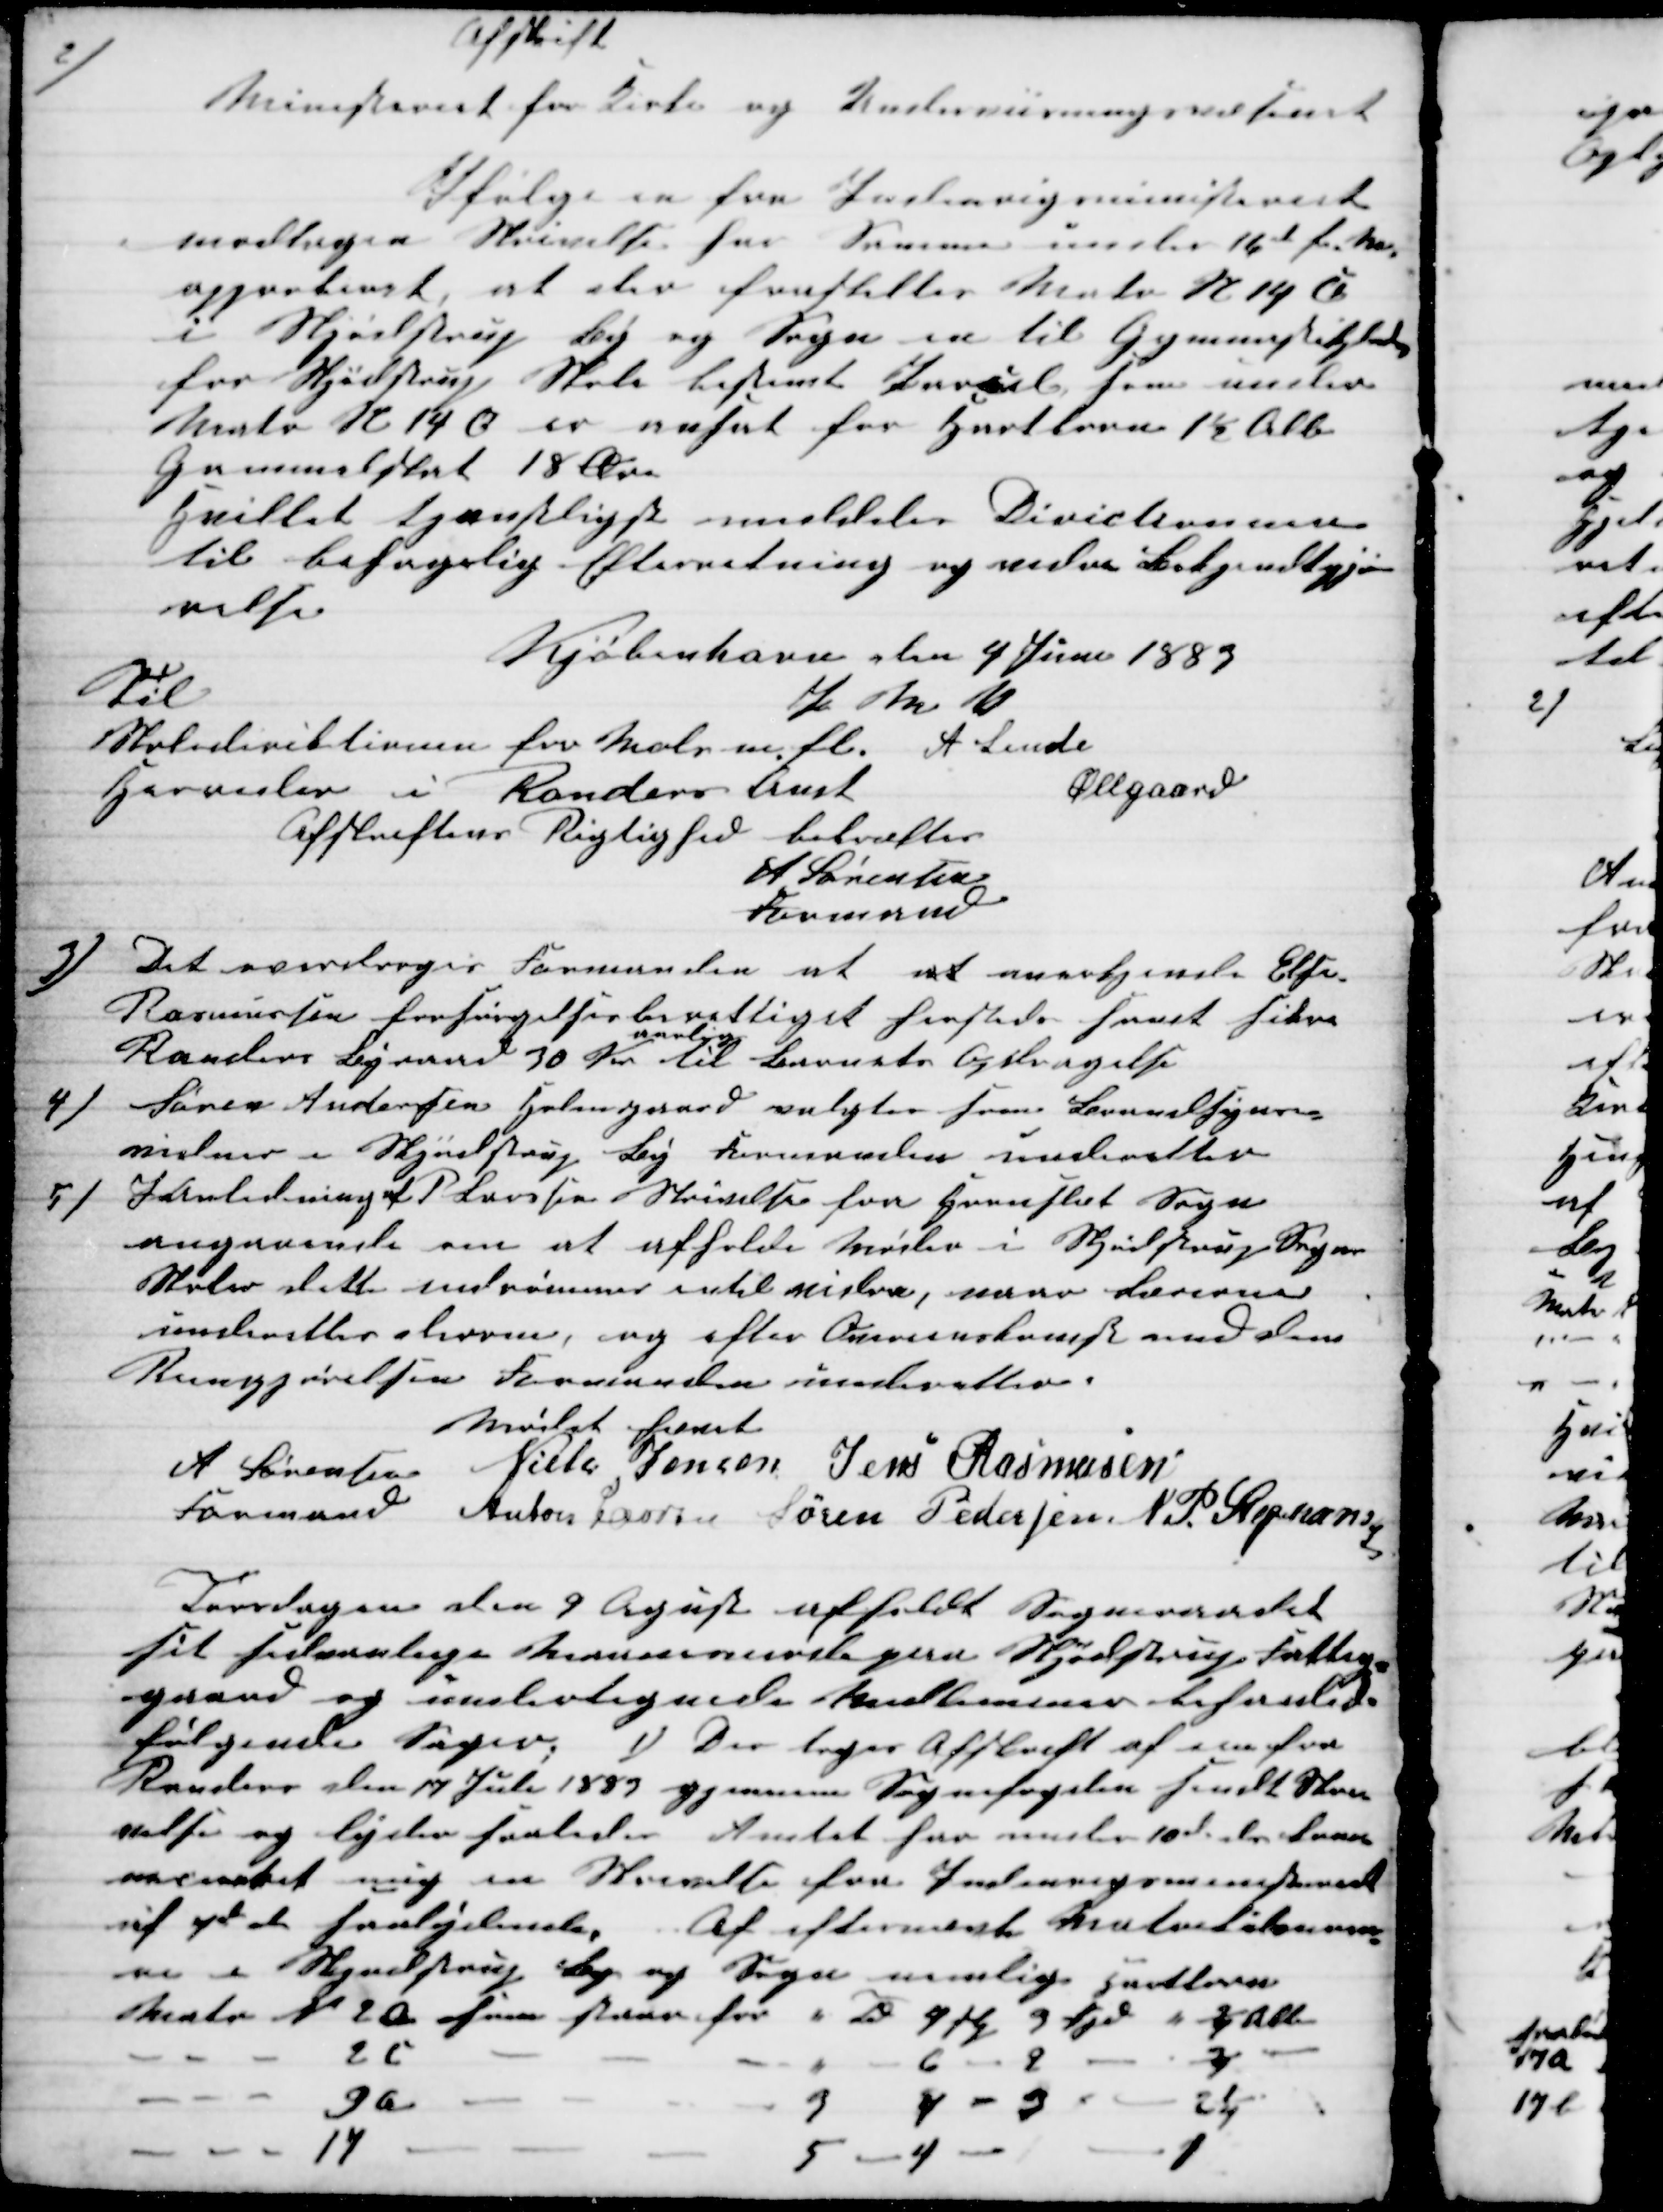
Transskription:
2)
Afskrift
Ministeriet for Kirke og Undervisningsvæsenet
Ifølge en fra Indenrigsministeriet
modtagen Skrivelse har Samme under 16de f. M.
approberet, at der fraskilles Matr. N 14 C
i Skjødstrup By og Sogn en til Gymnastikplads
for Skjødstrup Skole bestemt Parcel som under
Matr N 14 C er ansat for Hartkorn 1½ Alb
Gemmelsnit 18 Øre
hvilket tjentligt meddeles Dirictionen
til betagelig Efterretning og vidre Bekjendtgjø-
relse
Kjøbenhavn den 4 Juni 1883
P M V
A. Linde
Øllgaard
Til
Skolediriktionen for Mols m. fl. 
Haverslev i Randers Amt
Afskriftens Rigtighed bekræftes
A Sørensen
Formand
3) 
Det overdroges Formanden at at anerkjende Else-
Rasmussen forsørgelsesberettiget hersteds samt sikre
Randers Byraad 30 Kr 
aarlig
til Barnets Opdragelse
4) 
Søren Andersen Holmgaard valgtes som Brandsyns-
vidne i Skjødstrup By Formanden underetter
5)
I anledning af P. Laursens Skrivelse fra Hornslet Sogn
angaaende om at afholde Møder i Skjødstrups Sogns
Skoler dette indrømmes intil vidre, naar Lærerne
underettes derom, og efter Overenskomst med dem
Rengjørelsen Formanden underetter.
Mødet hævet
A Sørensen 
Formand 
Niels Jensen Jens Rasmusen
Anton Laursen Søren Pedersen, N. P. Stephansen
Torsdagen den 9 August afholdt Sogneraadet
sit sedvanlige Maanedsmøde paa Skjødstrup Fattig-
gaard og undertegnede Medlemmer behanlede
følgende Sager. 1) Der tages Afskrift af en fra
Randers den 17 Juli 1883 gjennem Sognefogden sendt Skri-
velse og lyder saaledes Amtet har under 10de ds 
overrakt mig en Skrivelse fra Indenrigsministeriet
uf 7de ds saalydende. Af eftersendte Matrikelnumre-
ne i Skjødstrup By og Sogn nemlig Hartkorn
Matr. N. 2a som staar for " Td  4 Skp 9 Fjd " ¼ Alb
2c
6
2
¾
9a
3
4 - 3
2¼
17
5 - 4
1